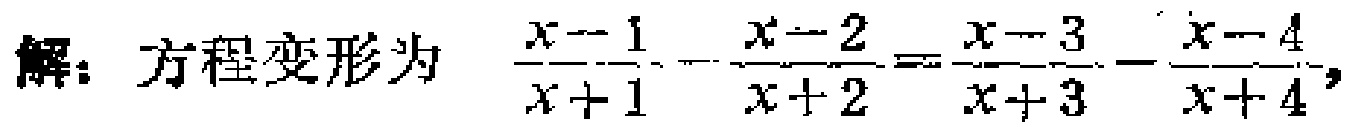
解：方程变形为 $\frac{x - 1}{x + 1} - \frac{x - 2}{x + 2} = \frac{x - 3}{x + 3} - \frac{x - 4}{x + 4}$，